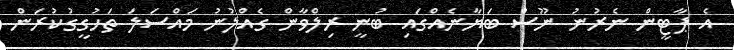
އެ ޕާޓީން ނެރުނު ނޫސް ބަޔާނެއްގައި ބުނީ ރިލްވާން ގެއްލުނު މައްސަލަ ތަހުގީގުކުރަން